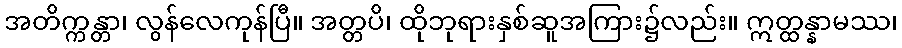
အတိက္ကန္တာ၊ လွန်လေကုန်ပြီ။ အတ္တပိ၊ ထိုဘုရားနှစ်ဆူအကြား၌လည်း။ ဣတ္ထန္နာမဿ၊